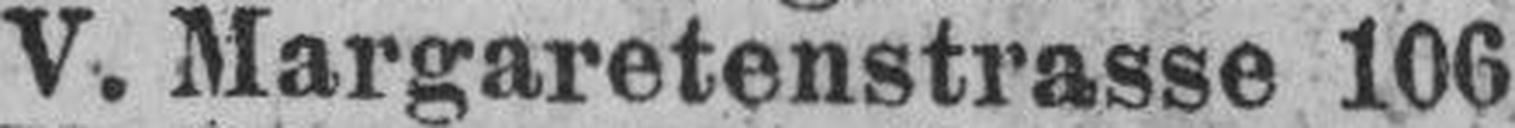
V. Margaretenstrasse 106